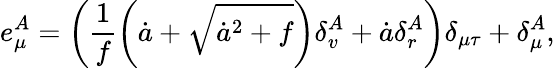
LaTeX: e_{\mu}^{A}=\left(\frac{1}{f}\left(\dot{a}+\sqrt{\dot{a}^{2}+f}\right)\delta_{v}^{A}+\dot{a}\delta_{r}^{A}\right)\delta_{\mu\tau}+\delta_{\mu}^{A},